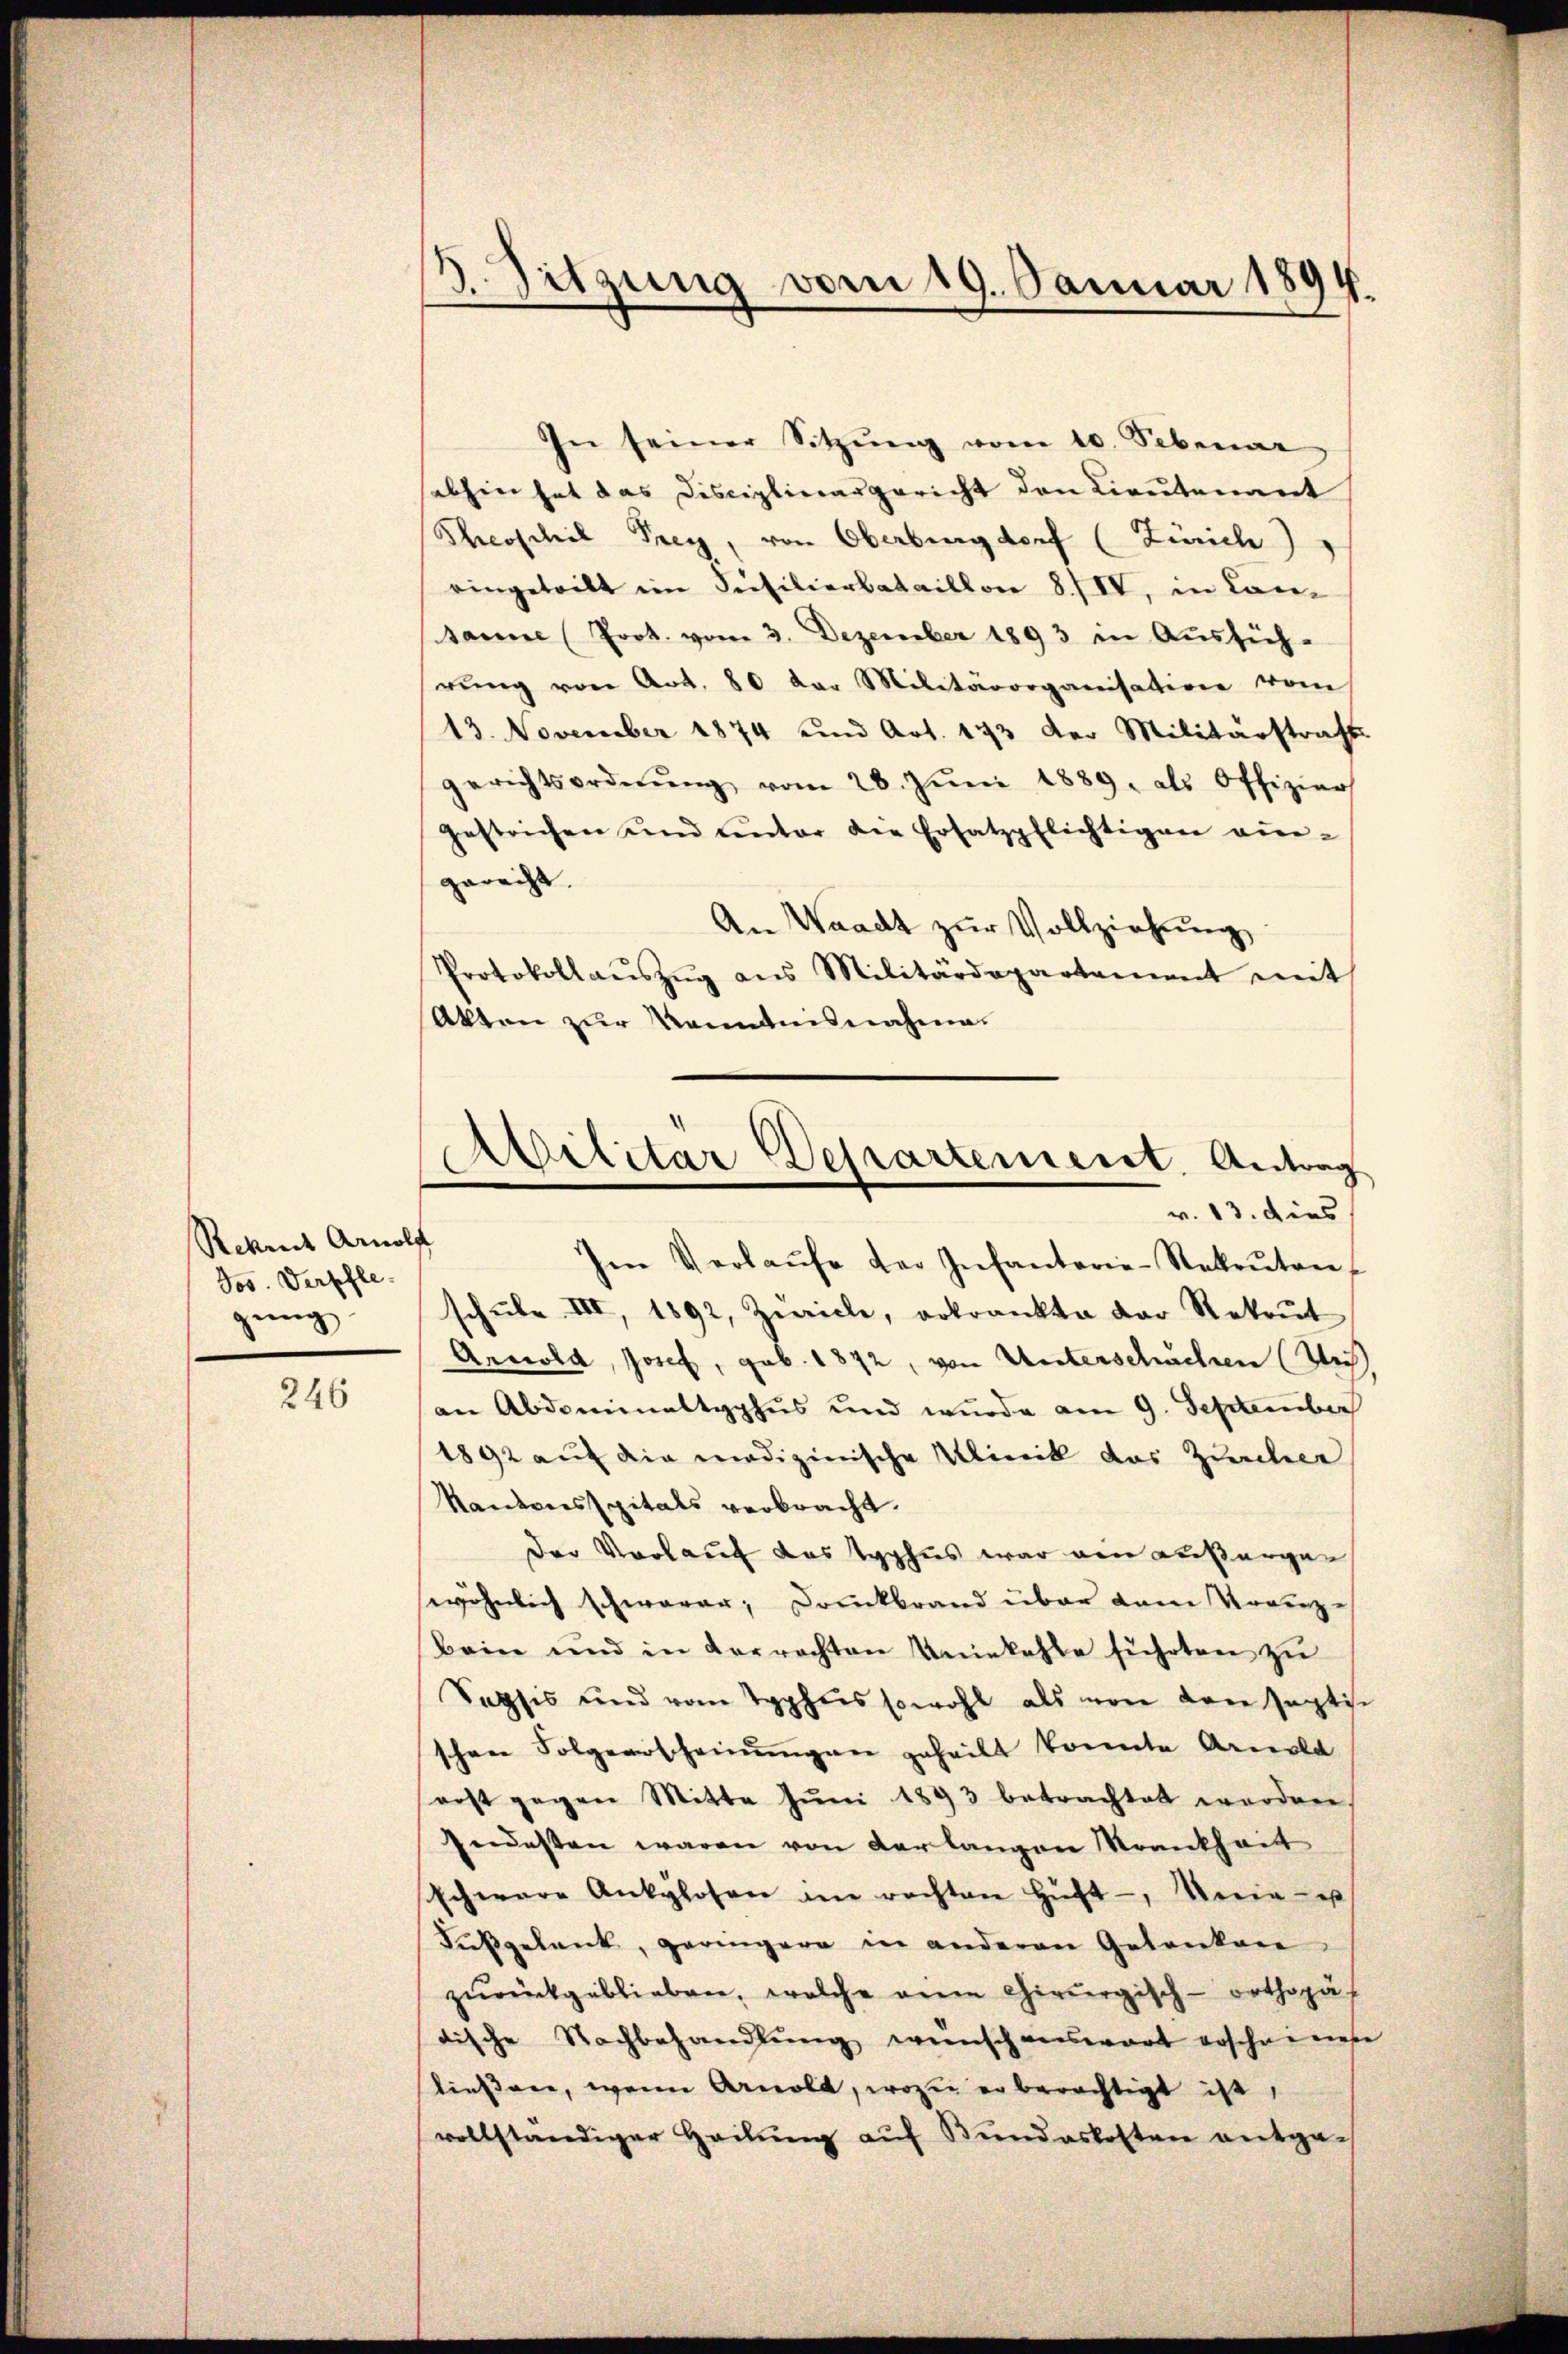
Rekrut Arnolf
Jos. Verpfle
gŭng:

246

¬
 sitzung vom 19. Januar 1894.

In seiner Sitzŭng vom 10. Sebenar
sabhin hat das Disciplinargericht den Lieutenant
Theoschil Frey, von Oberburgdorf (Zürich)
eingeteilt im Seesilierbataillon 8./IV, in Lansanne (Prot. vom 3. Dezember 1893 in Aŭssich-
rŭng von Art. 80 der Militärorganisation vom
13. November 1874 und Art. 173 der Militärstraft
gerichtsordnŭng vom 28. Jŭni 1889. als Offizier
gestrichen und unter die Ersatzpflichtigen vie-
gerecht. |
An Waadt zur Vollziehung
Protokollaŭszŭg ans Militärdepartement mit
Akten zur Kenntnisnahme.

¬
Abilitär Departement. Antrag
v. 13. dies
Im Verlaŭfe der Infanterie-Rekruten,

schŭle III, 1892, Zeiche, erkrankte der Rekrut
Arnold, Josef, geb. 1872, von Unterschuchen (Weis
an Abdominaltyphus und wurde am 9. September
1892 auf die medizinische Mietik des Zürcher
Kantonsspitals verbracht.
Der Vorlauf das Syphus war von Außergewöhnlich schwarer, Druckbrand über dem Vorenz-
bein und in verrechten Uniekahle führten zu
Sopsis und vom Typhus sowohl als von den saptisc
schöne Folgerscheinŭngen geheilt konnte Arnold
erst gegen Mitte Juni 1893 betrachtet werden.
Indesten waren von derlangen Krankheit
schwere Ankylosen im rechten Hüft-, Meria u
Fußgelank, geringere in anderen Gedanken
zŭrückgeblieben, welche anne chirurgisch-orthopäf
tische Nachbehandlŭng wünschenswart erscheinese
ließen, wenn Arnold, wozu erberechtigt ist,
vollständiger Heilŭng aŭf Bŭndeskosten entge-